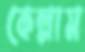
কেল্লাম